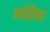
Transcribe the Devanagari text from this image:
मतिचा